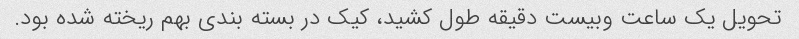
تحویل یک ساعت و‌بیست دقیقه طول کشید، کیک در بسته بندی بهم ریخته شده بود.